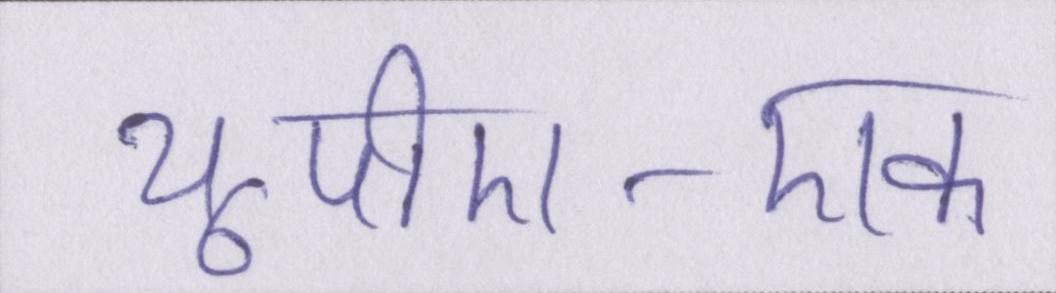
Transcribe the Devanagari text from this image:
यूपीए-एक